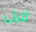
قبل